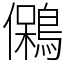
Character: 䳰